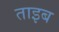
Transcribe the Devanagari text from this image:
ताइब